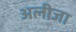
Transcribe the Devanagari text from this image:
अलीजा